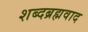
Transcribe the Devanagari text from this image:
शब्दब्रह्मवाद